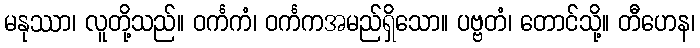
မနုဿာ၊ လူတို့သည်။ ဝင်္ကကံ၊ ဝင်္ကကအမည်ရှိသော။ ပဗ္ဗတံ၊ တောင်သို့။ တီဟေန၊